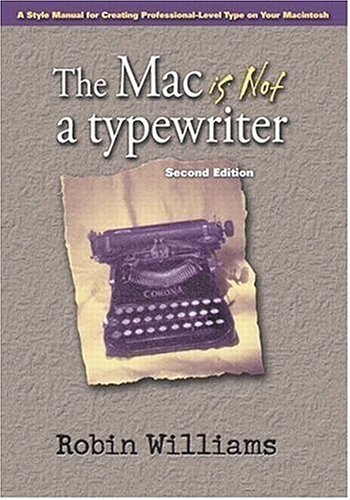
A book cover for The Mac is Not a Typewriter, 2nd Edition; Robin Williams; Computers & Technology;